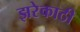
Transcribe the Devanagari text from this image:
झरेकाठी